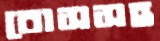
বোসসহ